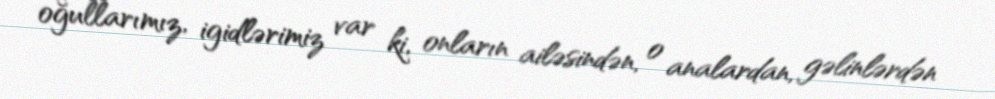
oğullarımız, igidlərimiz var ki, onların ailəsindən, o analardan, gəlinlərdən